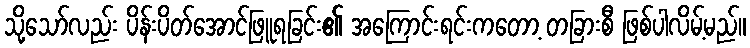
သို့သော်လည်း ပိန်းပိတ်အောင်ဖြူရခြင်း၏ အကြောင်းရင်းကတော့ တခြားစီ ဖြစ်ပါလိမ့်မည်။